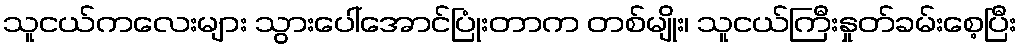
သူငယ်ကလေးများ သွားပေါ်အောင်ပြုံးတာက တစ်မျိုး၊ သူငယ်ကြီးနှုတ်ခမ်းစေ့ပြီး